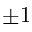
\pm 1